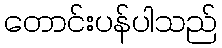
တောင်းပန်ပါသည်